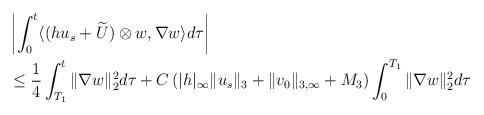
LaTeX: \begin{align*}&\left|\int_0^t \langle (hu_s+\widetilde U)\otimes w, \nabla w\rangle d\tau\right| \\&\leq \frac{1}{4}\int_{T_1}^t\|\nabla w\|_2^2 d\tau+C\left(|h|_\infty\|u_s\|_3+\|v_0\|_{3,\infty}+M_3\right)\int_0^{T_1}\|\nabla w\|_2^2 d\tau\end{align*}